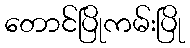
တောင်ပြိုကမ်းပြို